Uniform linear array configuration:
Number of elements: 64
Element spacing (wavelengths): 0.25
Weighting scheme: hamming
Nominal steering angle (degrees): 0
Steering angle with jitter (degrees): -1.168
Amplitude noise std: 0.05
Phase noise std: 0.05

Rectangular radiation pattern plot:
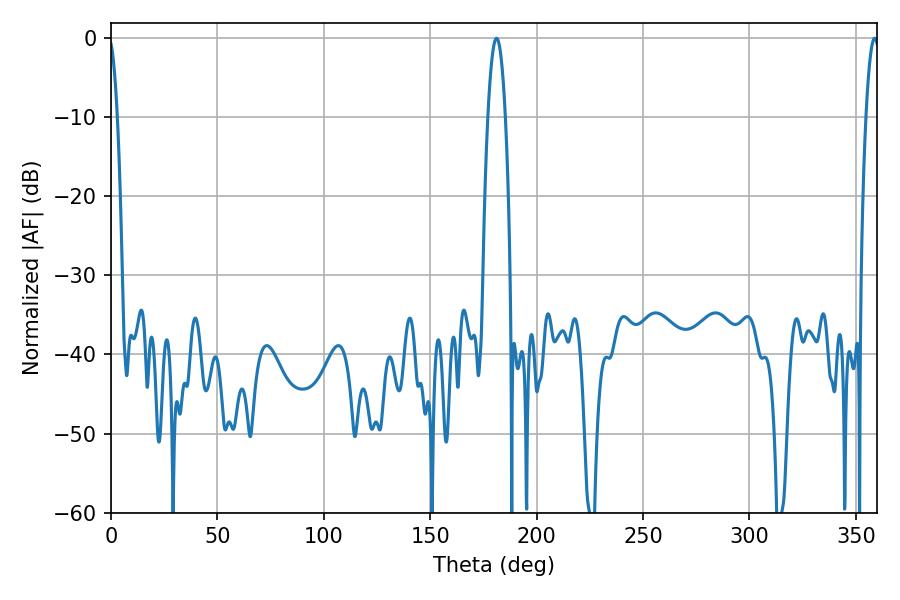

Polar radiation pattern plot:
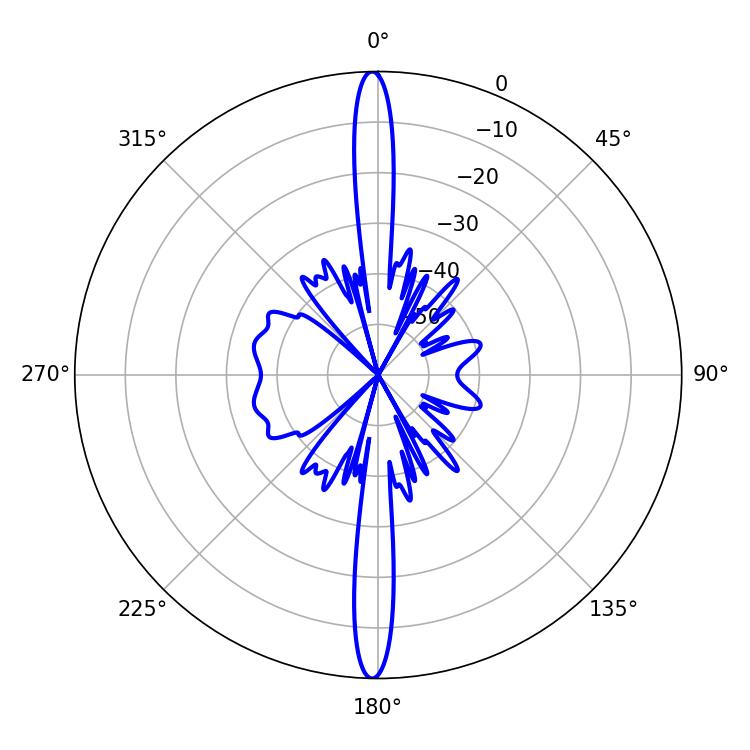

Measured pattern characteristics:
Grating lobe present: FALSE
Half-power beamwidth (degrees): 4.5
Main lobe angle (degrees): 181.08